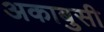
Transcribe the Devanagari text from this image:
अकाबुसी